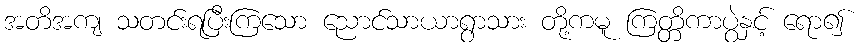
အတိအကျ သတင်းရပြီးကြသော ညောင်သာယာရွာသား တို့ကမူ ကြတ္တိကာပွဲနှင့် ရော၍